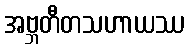
အဗ္ဘတီတသဟာယဿ